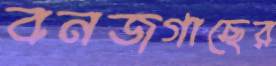
বনজগাছের